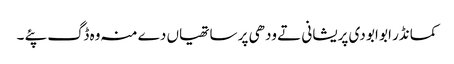
کمانڈر ابو ابو دی پریشانی تے ودھی پر ساتھیاں دے منہ وہ ڈگ پئے ۔